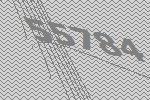
55784